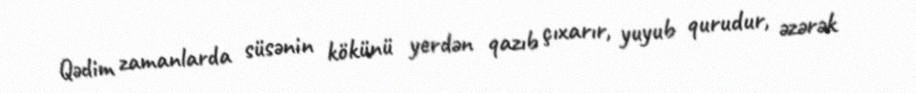
Qədim zamanlarda süsənin kökünü yerdən qazıb çıxarır, yuyub qurudur, əzərək